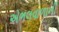
એભલવાળાની